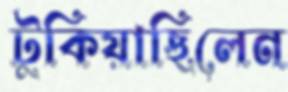
টুকিয়াছিলেন